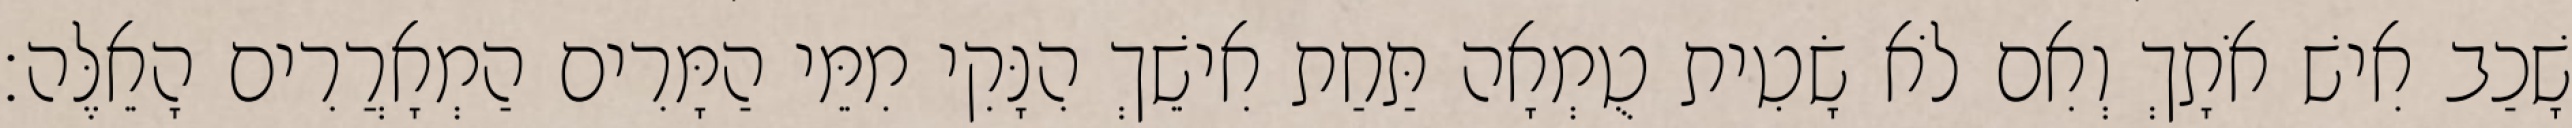
שָׁכַב אִישׁ אֹתָךְ וְאִם לֹא שָׂטִית טֻמְאָה תַּחַת אִישֵׁךְ הִנָּקִי מִמֵּי הַמָּרִים הַמְאָרֲרִים הָאֵלֶּה׃